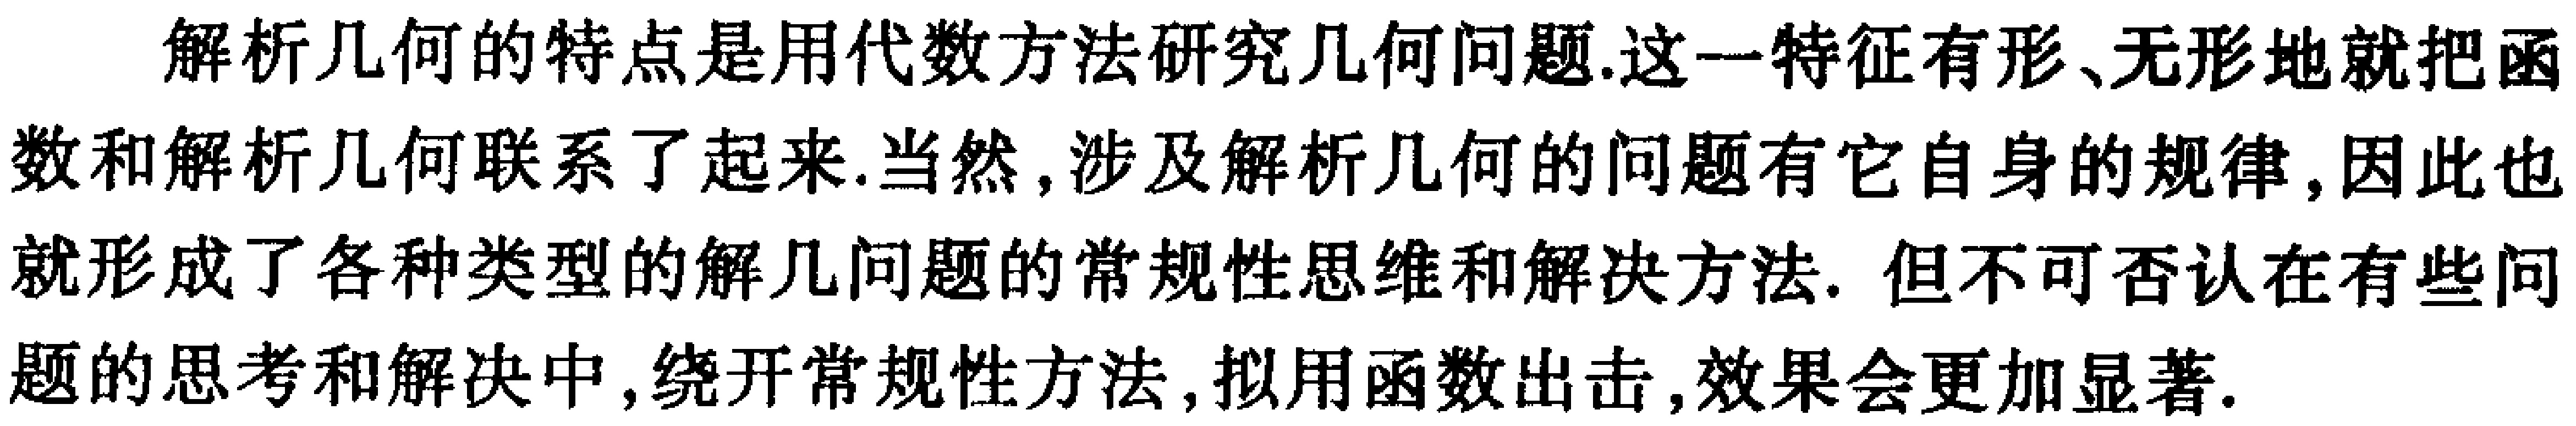
解析几何的特点是用代数方法研究几何问题.这一特征有形、无形地就把函数和解析几何联系了起来.当然, 涉及解析几何的问题有它自身的规律,因此也就形成了各种类型的解几问题的常规性思维和解决方法. 但不可否认在有些问题的思考和解决中, 绕开常规性方法, 拟用函数出击, 效果会更加显著.